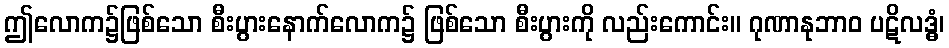
ဤလောက၌ဖြစ်သော စီးပွားနောက်လောက၌ ဖြစ်သော စီးပွားကို လည်းကောင်း။ ဂုဏာနုဘာဝ ပဋိလဒ္ဓံ၊